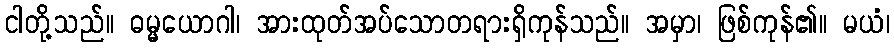
ငါတို့သည်။ ဓမ္မယောဂါ၊ အားထုတ်အပ်သောတရားရှိကုန်သည်။ အမှာ၊ ဖြစ်ကုန်၏။ မယံ၊